Lunatic asylums Burma 1907-21 - 1907-1921
Year: 1907
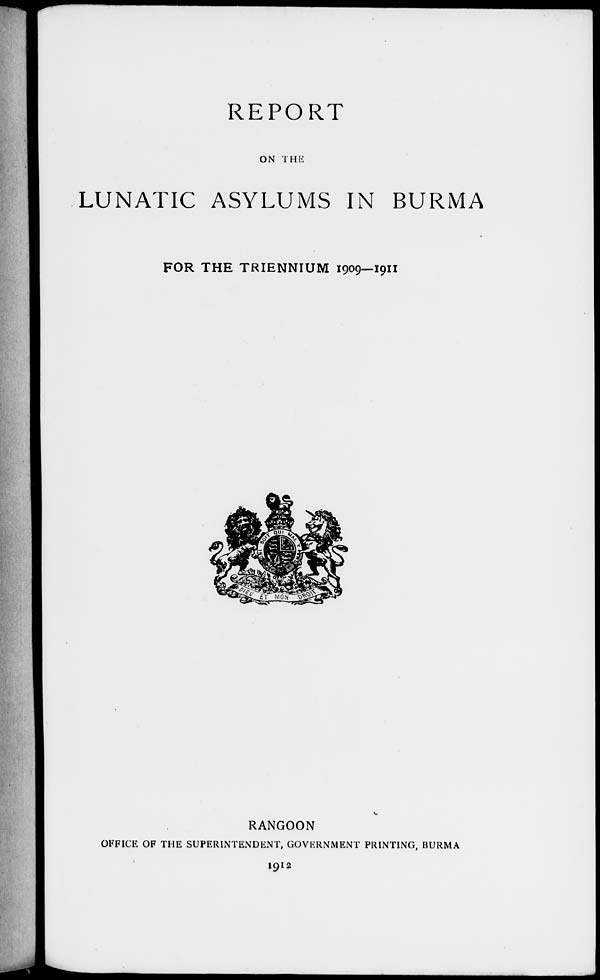
REPORT
ON THE
LUNATIC ASYLUMS IN BURMA
FOR THE TRIENNIUM 1909—1911
RANGOON
OFFICE OF THE SUPERINTENDENT, GOVERNMENT PRINTING, BURMA
1912